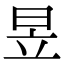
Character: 昱